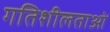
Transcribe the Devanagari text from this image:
गतिशीलताओं